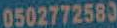
0502772580